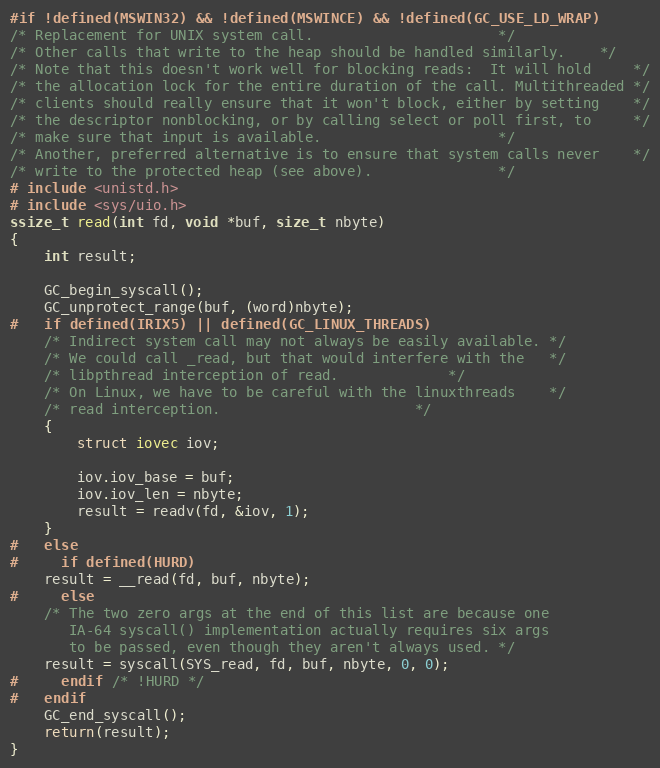
Language: C
#if !defined(MSWIN32) && !defined(MSWINCE) && !defined(GC_USE_LD_WRAP)
/* Replacement for UNIX system call.					  */
/* Other calls that write to the heap should be handled similarly.	  */
/* Note that this doesn't work well for blocking reads:  It will hold	  */
/* the allocation lock for the entire duration of the call. Multithreaded */
/* clients should really ensure that it won't block, either by setting 	  */
/* the descriptor nonblocking, or by calling select or poll first, to	  */
/* make sure that input is available.					  */
/* Another, preferred alternative is to ensure that system calls never 	  */
/* write to the protected heap (see above).				  */
# include <unistd.h>
# include <sys/uio.h>
ssize_t read(int fd, void *buf, size_t nbyte)
{
    int result;

    GC_begin_syscall();
    GC_unprotect_range(buf, (word)nbyte);
#   if defined(IRIX5) || defined(GC_LINUX_THREADS)
	/* Indirect system call may not always be easily available.	*/
	/* We could call _read, but that would interfere with the	*/
	/* libpthread interception of read.				*/
	/* On Linux, we have to be careful with the linuxthreads	*/
	/* read interception.						*/
	{
	    struct iovec iov;

	    iov.iov_base = buf;
	    iov.iov_len = nbyte;
	    result = readv(fd, &iov, 1);
	}
#   else
#     if defined(HURD)
	result = __read(fd, buf, nbyte);
#     else
	/* The two zero args at the end of this list are because one
	   IA-64 syscall() implementation actually requires six args
	   to be passed, even though they aren't always used. */
	result = syscall(SYS_read, fd, buf, nbyte, 0, 0);
#     endif /* !HURD */
#   endif
    GC_end_syscall();
    return(result);
}